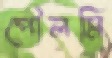
পৌলমি